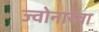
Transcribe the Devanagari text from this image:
ज्वोनारेवा